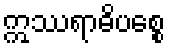
ဣဿရာဓိပစ္စေ